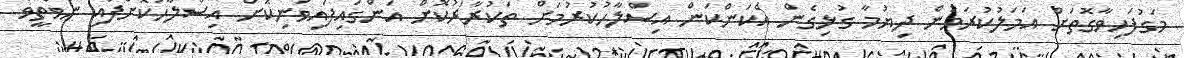
މަގުފަހިވާގޮތަށް އަމަލުކުރަމުން ދިޔުމާ ގުޅިގެން އެކަންކަން އިސްލާހުކުރުމަށް ތަކުރާރުކޮށް އަންގައިފައިވަނިކޮށް އިސްލާހުކޮށްފައި ނުވާތީވެ